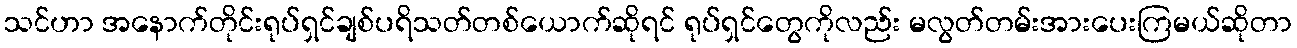
သင်ဟာ အနောက်တိုင်းရုပ်ရှင်ချစ်ပရိသတ်တစ်ယောက်ဆိုရင် ရုပ်ရှင်တွေကိုလည်း မလွတ်တမ်းအားပေးကြမယ်ဆိုတာ